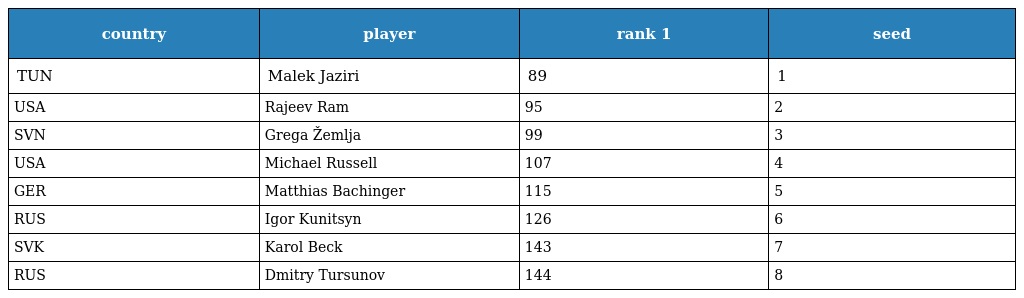
| country | player | rank 1 | seed |
 | --- | --- | --- | --- |
 | TUN | Malek Jaziri | 89 | 1 |
 | USA | Rajeev Ram | 95 | 2 |
 | SVN | Grega Žemlja | 99 | 3 |
 | USA | Michael Russell | 107 | 4 |
 | GER | Matthias Bachinger | 115 | 5 |
 | RUS | Igor Kunitsyn | 126 | 6 |
 | SVK | Karol Beck | 143 | 7 |
 | RUS | Dmitry Tursunov | 144 | 8 |